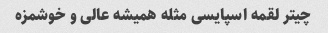
چیتر لقمه اسپایسی مثله همیشه عالی و خوشمزه